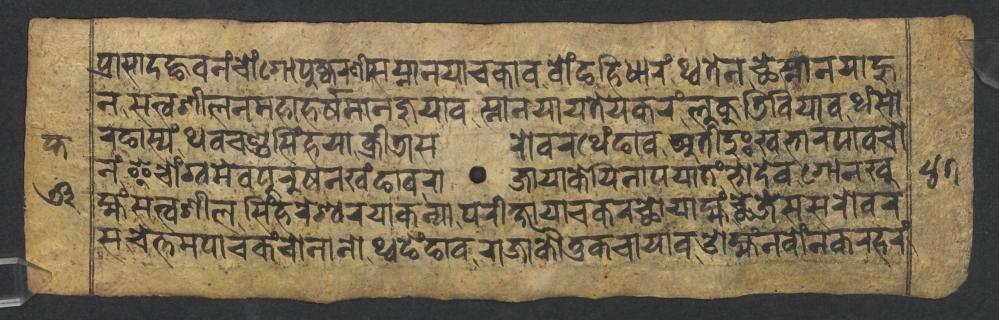
𑐥𑑂𑐬𑐵𑐳𑐵𑐡𑐒𑑂𑐴𑐰𑐣𑑄𑐔𑑀𑑄𑐐𑑀𑐥𑐸𑐲𑑂𑐎𑐬𑐞𑐷𑐳𑐳𑑂𑐣𑐵𑐣𑐫𑐵𑐔𑐎𑐵𑐰𑐧𑑀𑑄𑐒𑐴𑐶𑐢𑐵𑐬𑑄𑐠𑑂𑐰𑐟𑐾𑐣𑐕𑐾𑐳𑑂𑐣𑐵𑐣𑐫𑐵𑐴𑐸 𑐣𑐳𑐟𑑂𑐰𑐱𑐷𑐮𑐣𑐩𑐴𑐵𑐴𑐬𑑂𑐲𑐩𑐵𑐣𑐖𑐸𑐫𑐵𑐰𑐳𑑂𑐣𑐵𑐣𑐫𑐵𑐫𑐟𑐾𑐫𑐎𑐬𑑄𑐮𑐸𑐎𑐸𑐜𑐶𑐧𑐶𑐫𑐵𑐰𑐠𑑄𑐳𑑀 𑐬𑐒𑐵𑐳𑑂𑐫𑑄𑐠𑐰𑐔𑐞𑑂𑐜𑐳𑐶𑑄𑐴𑐫𑐵𑐎𑑂𑐬𑐷𑐜𑐵𑐳𑐬𑑀𑐰𑐬𑐠𑐾𑑄𑐒𑐵𑐰𑐀𑐟𑐷𑐡𑐸𑑅𑐏𑐨𑐵𑐬𑐥𑐵𑐰𑐔𑑀 𑐣𑑄𑐂𑐔𑑀𑑄𑐐𑑂𑐰𑐩𑐾𑐰𑐥𑐸𑐬𑐸𑐲𑐣𑐏𑑄𑐒𑐵𑐰𑐬𑐵𑐖𑐵𑐫𑐵𑐎𑐾𑐫𑐶𑐣𑐵𑐥𑐫𑐵𑐟𑑄𑐨𑑀𑐡𑐾𑐰𑐐𑑀𑐣𑐏𑐸 𑐩𑑂𑐴𑑄𑐳𑐟𑑂𑐰𑐱𑐷𑐮𑐳𑐶𑑄𑐴𑐬𑐾𑐱𑑂𑐰𑐬𑐫𑐵𑐎𑐣𑑂𑐫𑐵𑐥𑐬𑐷𑐎𑑂𑐲𑐵𑐫𑐵𑐔𑐎𑐬𑐕𑑀𑐫𑐵𑐩𑑂𑐴𑑄𑐕𑐾𑐖𑐾𑐳𑐳𑐬𑑀𑐰𑐬 𑐳𑐔𑐾𑐟𑑂𑐟𑐩𑐥𑐵𑐔𑐎𑑄𑐔𑑀𑐣𑐵𑐣𑑀𑐠𑑂𑐰𑐒𑐾𑑄𑐒𑐵𑐰𑐬𑐵𑐖𑐵𑐎𑑁𑐟𑐸𑐎𑐔𑐵𑐫𑐵𑐰𑐌𑐩𑑂𑐴𑑄𑐣𑐧𑑀𑑄𑐣𑐎𑐬𑐴𑐬𑑄